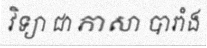
វិទ្យា ជា ភាសា បារាំង